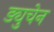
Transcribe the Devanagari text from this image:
ड्युचेन